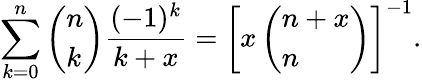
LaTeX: \sum_{k=0}^{n}\left(\begin{array}{l}{n}\\ {k}\end{array}\right)\frac{(-1)^{k}}{k+x}=\left[x\left(\begin{array}{l}{n+x}\\ {n}\end{array}\right)\right]^{-1}.